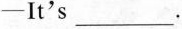
-It's ___.